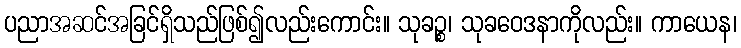
ပညာအဆင်အခြင်ရှိသည်ဖြစ်၍လည်းကောင်း။ သုခဉ္စ၊ သုခဝေဒနာကိုလည်း။ ကာယေန၊